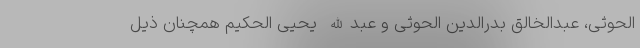
الحوثی، عبدالخالق بدرالدین الحوثی و عبدالله یحیی الحکیم همچنان ذیل